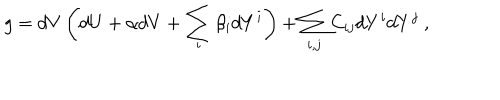
LaTeX: g = d V \left( d U + \alpha d V + \sum _ { i } \beta _ { i } d Y ^ { i } \right) + \sum _ { i , j } C _ { i j } d Y ^ { i } d Y ^ { j } ~ ,